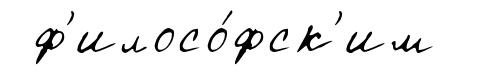
ф'илосо́фск'им